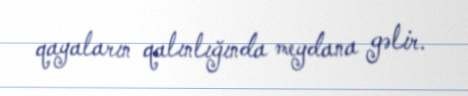
qayaların qalınlığında meydana gəlir.